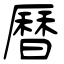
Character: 曆